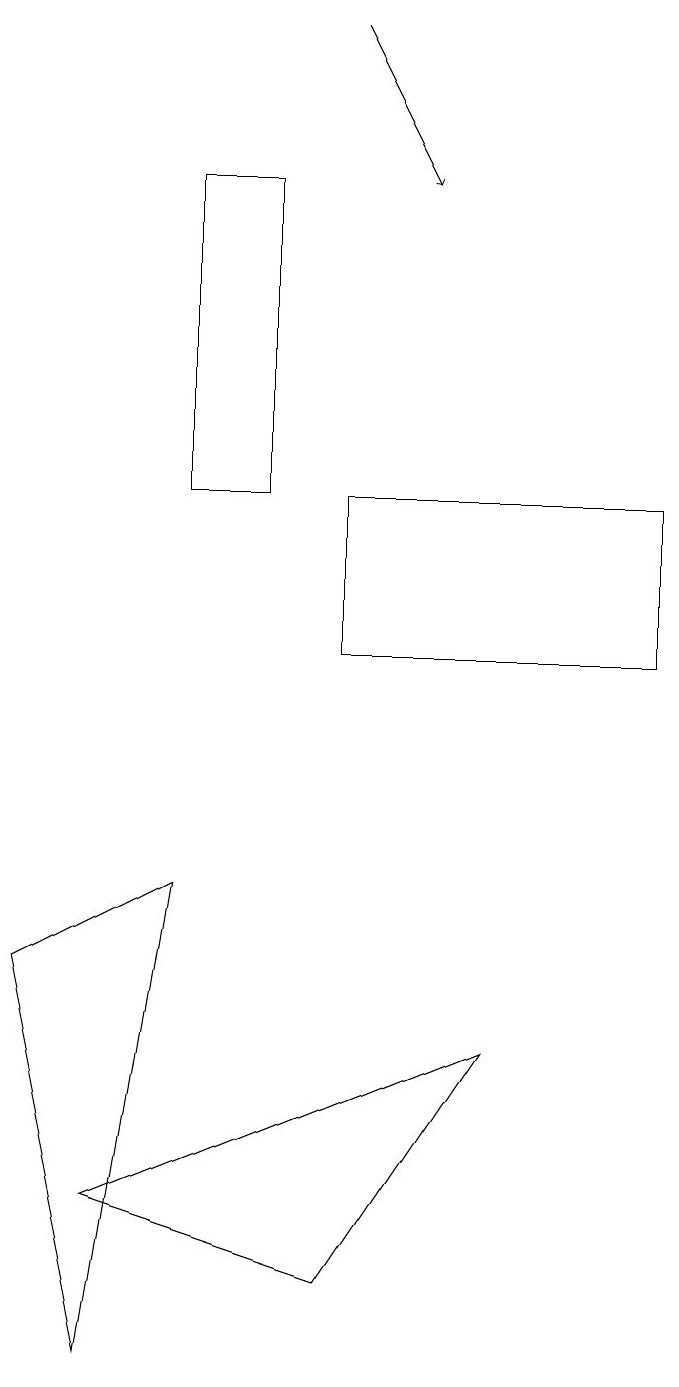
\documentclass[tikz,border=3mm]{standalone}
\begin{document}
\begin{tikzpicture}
\draw (5,2) -- (7,5) -- (2,3) -- cycle;
\draw (3,12) rectangle (4,16);
\draw (5,10) rectangle (9,12);
\draw[->] (5,18) -- (6,16);
\draw (1,6) -- (2,1) -- (3,7) -- cycle;
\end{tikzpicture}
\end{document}